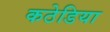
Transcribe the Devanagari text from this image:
कठेडिया